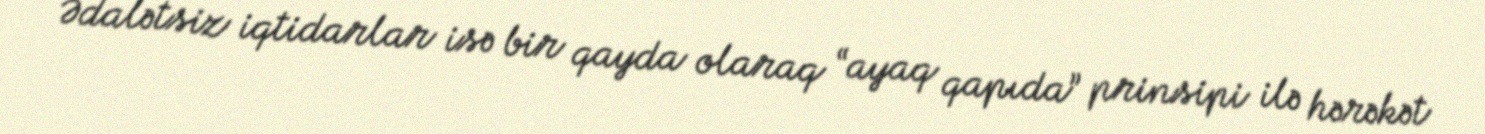
Ədalətsiz iqtidarlar isə bir qayda olaraq “ayaq qapıda” prinsipi ilə hərəkət